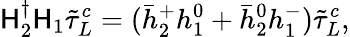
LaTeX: \mathsf{H}_{2}^{\dagger}\mathsf{H}_{1}\tilde{{\tau}}_{L}^{c}=(\bar{{h}}_{2}^{+}h_{1}^{0}+\bar{{h}}_{2}^{0}h_{1}^{-})\tilde{{\tau}}_{L}^{c},